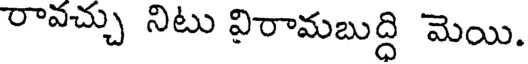
రావచ్చు నిటు విరామబుద్ధి మెయి.